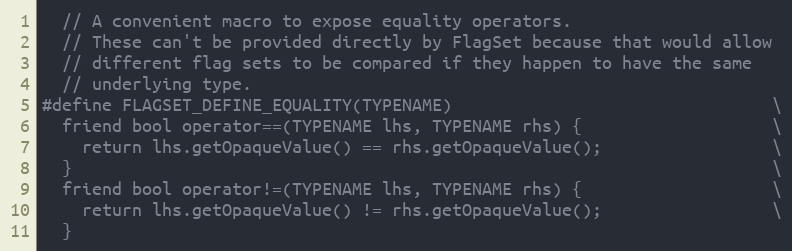
Language: C
  // A convenient macro to expose equality operators.
  // These can't be provided directly by FlagSet because that would allow
  // different flag sets to be compared if they happen to have the same
  // underlying type.
#define FLAGSET_DEFINE_EQUALITY(TYPENAME)                                \
  friend bool operator==(TYPENAME lhs, TYPENAME rhs) {                   \
    return lhs.getOpaqueValue() == rhs.getOpaqueValue();                 \
  }                                                                      \
  friend bool operator!=(TYPENAME lhs, TYPENAME rhs) {                   \
    return lhs.getOpaqueValue() != rhs.getOpaqueValue();                 \
  }